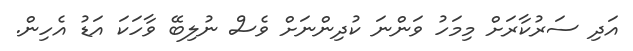
އަދި ސަރުކާރަށް މިމަހު ވަންނަ ކުދިންނަށް ވެސް ނުލިބޭ ވާހަކަ އަޑު އެހިން.